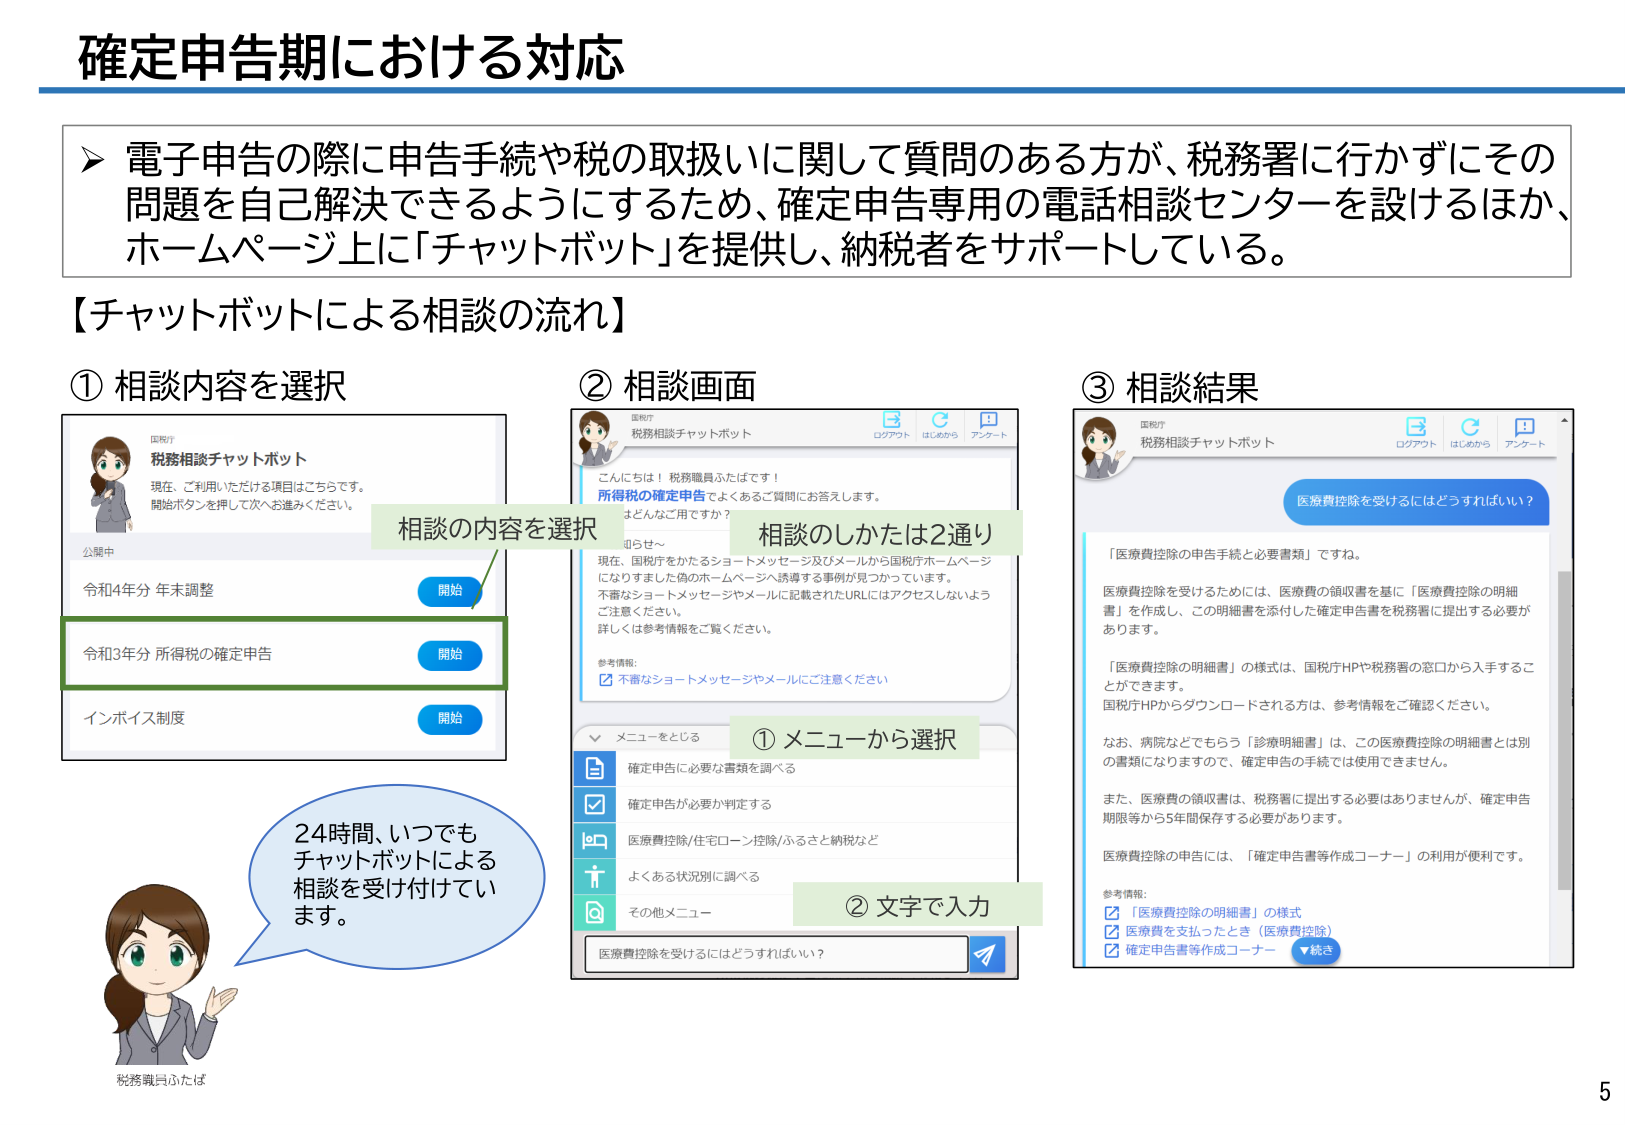
確定申告期における対応

▶ 電子申告の際に申告手続や税の取扱いに関して質問のある方が、税務署に行かずにその問題を自己解決できるようにするため、確定申告専用の電話相談センターを設けるほか、ホームページ上に「チャットボット」を提供し、納税者をサポートしている。

【チャットボットによる相談の流れ】

① 相談内容を選択
国税庁
税務相談チャットボット
現在、ご利用いただける項目はこちらです。
開始ボタンを押して次へお進みください。
公開中
令和4年分 年末調整 開始
令和3年分 所得税の確定申告 開始
インボイス制度 開始

② 相談画面
国税庁
税務相談チャットボット
ログアウト はじめから アンケート
こんにちは！税務職員ふたばです！
所得税の確定申告でよくあるご質問にお答えします。
おどんなご用ですか？
① メニューから選択
② 文字で入力
医療費控除を受けるにはどうすればいい？
相談の内容を選択
相談のしかたは2通り
現在、国税庁をかたるショートメッセージ及びメールから国税庁ホームページになりすました偽のホームページへ誘導する事例が見つかっています。
不審なショートメッセージやメールに記載されたURLにはアクセスしないようご注意ください。
詳しくは参考情報をご覧ください。
参考情報:
☑ 不審なショートメッセージやメールにご注意ください
メニューをとじる
確定申告に必要な書類を調べる
確定申告が必要か判定する
医療費控除/住宅ローン控除/ふるさと納税など
よくある状況別に調べる
その他メニュー

③ 相談結果
国税庁
税務相談チャットボット
ログアウト はじめから アンケート
医療費控除を受けるにはどうすればいい？
「医療費控除の申告手続と必要書類」ですね。
医療費控除を受けるためには、医療費の領収書を基に「医療費控除の明細書」を作成し、この明細書を添付した確定申告書を税務署に提出する必要があります。
「医療費控除の明細書」の様式は、国税庁HPや税務署の窓口から入手することができます。
国税庁HPからダウンロードされる方は、参考情報をご確認ください。
なお、病院などでもらう「診療明細書」は、この医療費控除の明細書とは別の書類になりますので、確定申告の手続では使用できません。
また、医療費の領収書は、税務署に提出する必要はありませんが、確定申告期限等から5年間保存する必要があります。
医療費控除の申告には、「確定申告書等作成コーナー」の利用が便利です。
参考情報:
☑ 「医療費控除の明細書」の様式
☑ 医療費を支払ったとき（医療費控除）
☑ 確定申告書等作成コーナー ▼続き

24時間、いつでもチャットボットによる相談を受け付けています。
税務職員ふたば

5